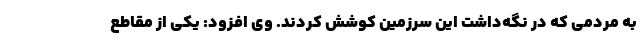
به مردمی که در نگه‌داشت این سرزمین کوشش کردند. وی افزود: یکی از مقاطع